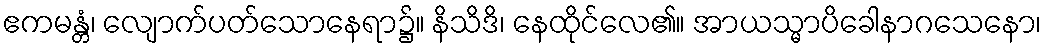
ဧကမန္တံ၊ လျောက်ပတ်သောနေရာ၌။ နိသိဒိ၊ နေထိုင်လေ၏။ အာယသ္မာပိခေါနာဂသေနော၊